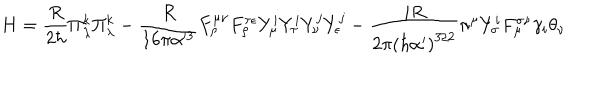
H = \frac { R } { 2 \hbar } \Pi _ { \lambda } ^ { k } \Pi _ { \lambda } ^ { k } - \frac { R } { 1 6 \pi \alpha ^ { 3 } } F _ { \rho } ^ { \mu \nu } F _ { \rho } ^ { \tau \epsilon } Y _ { \mu } ^ { i } Y _ { \tau } ^ { i } Y _ { \nu } ^ { j } Y _ { \epsilon } ^ { j } - \frac { i R } { { 2 \pi } \left( \hbar \alpha ^ { \prime } \right) ^ { 3 / 2 } } \pi ^ { \mu } Y _ { \sigma } ^ { i } F _ { \mu } ^ { \sigma \nu } \gamma _ { i } \theta _ { \nu }